Vaccination in the Punjab 1883-1896 - 1883-1896
Year: 1883
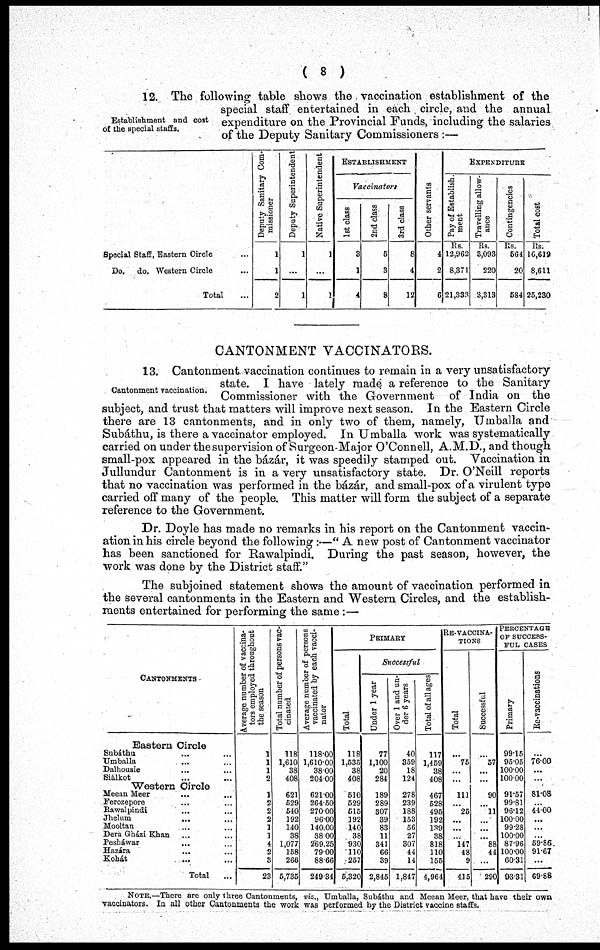
( 8 )
Establishment and cost
of the special staffs.
12. The following table shows the vaccination establishment of the
special staff entertained in each circle, and the annual
expenditure on the Provincial Funds, including the salaries
of the Deputy Sanitary Commissioners :—
Special Staff, Eastern Circle ...
Do. do. Western Circle ...
Total ...
Deputy Sanitary Com-
missioner
1
1
2
Deputy Superintendent
1
...
1
Native Superintendent
1
...
1
ESTABLISHMENT
Vaccinators
1st class
3
1
4
2nd class
5
3
8
3rd class
8
4
12
Other servants
4
2
6
EXPENDITURE
Pay of Establish-
ment
Rs.
12,962
8,371
21,333
Travelling allow-
ance
Rs.
3,093
220
3,313
Contingencies
Rs.
564
20
584
Total cost
Rs.
16,619
8,611
25,230
CANTONMENT VACCINATORS.
Cantonment vaccination.
13. Cantonment vaccination continues to remain in a very unsatisfactory
state. I have lately made a reference to the Sanitary
Commissioner with the Government of India on the
subject, and trust that matters will improve next season. In the Eastern Circle
there are 13 cantonments, and in only two of them, namely, Umballa and
Subáthu, is there a vaccinator employed. In Umballa work was systematically
carried on under the supervision of Surgeon-Major O'Connell, A.M.D., and though
small-pox appeared in the bázár, it was speedily stamped out. Vaccination in
Jullundur Cantonment is in a very unsatisfactory state. Dr. O'Neill reports
that no vaccination was performed in the bázár, and small-pox of a virulent type
carried off many of the people. This matter will form the subject of a separate
reference to the Government.
Dr. Doyle has made no remarks in his report on the Cantonment vaccin-
ation in his circle beyond the following :—" A new post of Cantonment vaccinator
has been sanctioned for Rawalpindi. During the past season, however, the
work was done by the District staff."
The subjoined statement shows the amount of vaccination performed in
the several cantonments in the Eastern and Western Circles, and the establish-
ments entertained for performing the same :—
CANTONMENTS
Eastern Circle
Subáthu ... ...
Umballa ... ...
Dalhousie ... ...
Siálkot ... ...
Western Circle
Meean Meer
...
...
Ferozepore ... ...
Rawalpindi ... ...
Jhelum ... ...
Mooltan ... ...
Dera Gházi Khan ... ...
Pesháwar ... ...
Hazára ... ...
Kohát ... ...
Total
...
Average number of vaccina-
tors employed throughout
the season
1
1
1
2
1
2
2
2
1
1
4
2
3
23
Total number of persons vac-
cinated
118
1,610
38
408
621
529
540
192
140
38
1,077
158
266
5,735
Average number of persons
vaccinated by each vacci-
nator
118.00
1,610.00
38.00
204.00
621.00
264.50
270.00
96.00
140.00
38.00
269.25
79.00
88.66
249.34
PRIMARY.
Total
118
1,535
38
408
510
529
515
192
140
38
930
110
257
5,320
Successful
Under 1 year
77
1,100
20
284
189
289
307
39
83
11
341
66
39
2,845
Over 1 and un-
der 6 years
40
359
18
124
278
239
188
153
56
27
307
44
14
1,847
Total of all ages
117
1,459
38
408
467
528
495
192
139
38
818
110
155
4,964
RE-VACCINA-
TIONS
Total
...
75
...
...
111
...
25
...
...
...
147
48
9
415
Successful
...
57
...
...
90
...
11
...
...
...
88
44
...
290
PERCENTAGE
OF SUCCESS-
FUL CASES
Primary
99.15
95.05
100.00
100.00
91.57
99.81
96.12
100.00
99.28
100.00
87.96
100.00
60.31
93.31
Re-vaccinations
...
76.00
...
...
81.08
...
44.00
...
...
...
59.86
91.67
...
69.88
NOTE.—There are only three Cantonments, viz., Umballa, Subáthu and Meean Meer, that have their own
vaccinators. In all other Cantonments the work was performed by the District vaccine staffs.